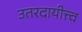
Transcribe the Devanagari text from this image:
उतरदायीत्त्व